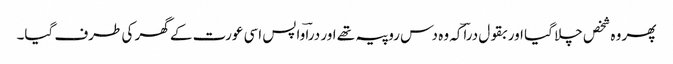
پھر وہ شخص چلا گیا اور بقول دراؔکہ وہ دس روپیہ تھے اور دراؔ واپس اسی عورت کے گھر کی طرف گیا۔